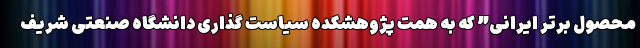
محصول برتر ایرانی” که به همت پژوهشکده سیاست گذاری دانشگاه صنعتی شریف